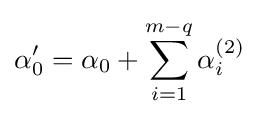
\alpha _{0}^{\prime }=\alpha _{0}+\sum _{i=1}^{m-q}\alpha _{i}^{(2)}